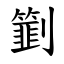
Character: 㔐